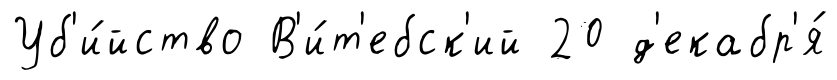
Уб'и́йство В'и́т'ебск'ий 20 д'екабр'я́